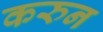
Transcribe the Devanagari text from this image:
करुन